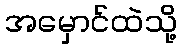
အမှောင်ထဲသို့